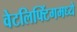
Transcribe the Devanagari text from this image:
वेटलिफ्टिंगमध्ये